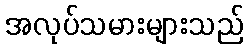
အလုပ်သမားများသည်